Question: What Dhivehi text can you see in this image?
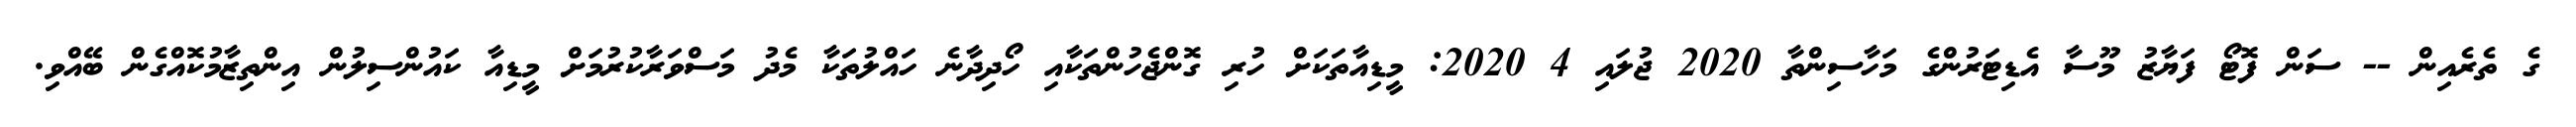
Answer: ގެ ތެރެއިން -- ސަން ފޮޓޯ ފަޔާޒު މޫސާ އެޑިޓަރުންގެ މަހާސިންތާ 2020 ޖުލައި 4 2020: މީޑިއާތަކަށް ހުރި ގޮންޖެހުންތަކާއި ހޯދިދާނެ ހައްލުތަކާ މެދު މަސްވަރާކުރުމަށް މީޑިއާ ކައުންސިލުން އިންތިޒާމުކޮއްގެން ބޭއްވި.